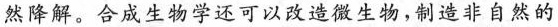
然降解。合成生物学还可以改造微生物，制造非自然的